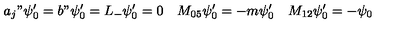
a _ { j } " \psi _ { 0 } ^ { \prime } = b " \psi _ { 0 } ^ { \prime } = L _ { - } \psi _ { 0 } ^ { \prime } = 0 \quad M _ { 0 5 } \psi _ { 0 } ^ { \prime } = - m \psi _ { 0 } ^ { \prime } \quad M _ { 1 2 } \psi _ { 0 } ^ { \prime } = - \psi _ { 0 }